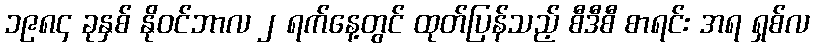
၁၉၈၄ ခုနှစ် နိုဝင်ဘာလ ၂ ရက်နေ့တွင် ထုတ်ပြန်သည့် စီဒီစီ စာရင်း အရ ရှစ်လ